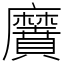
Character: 黂